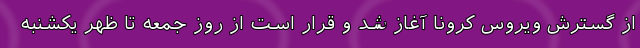
از گسترش ویروس کرونا آغاز شد و قرار است از روز جمعه تا ظهر یکشنبه